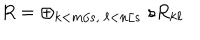
R = \oplus _ { k < m / s , \ \ell < n / s } \ s R _ { k \ell }